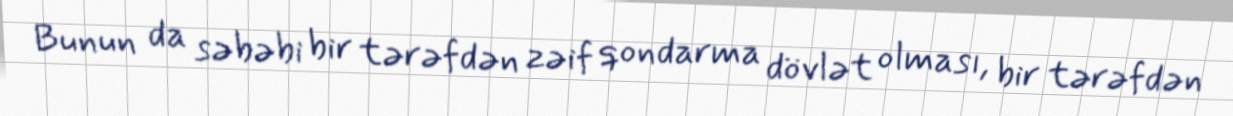
Bunun da səbəbi bir tərəfdən zəif qondarma dövlət olması, bir tərəfdən